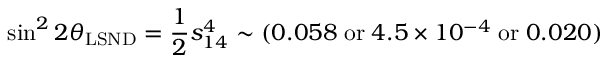
\sin ^ { 2 } 2 \theta _ { \mathrm { L S N D } } = \frac { 1 } { 2 } s _ { 1 4 } ^ { 4 } \sim ( 0 . 0 5 8 \; \mathrm { o r } \; 4 . 5 \times 1 0 ^ { - 4 } \; \mathrm { o r } \; 0 . 0 2 0 )